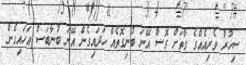
ސިހުރު ވެރިއެއްގެ ގާތަށް ގޮސް އޭނަ ބުނިގޮތެއް ހަދައިގެން އޭނަ ބުނާބަސް އަހައިގެން